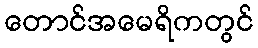
တောင်အမေရိကတွင်